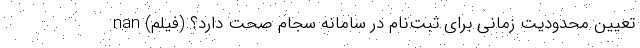
تعیین محدودیت زمانی برای ثبت‌نام در سامانه سجام صحت دارد؟ (فیلم) nan